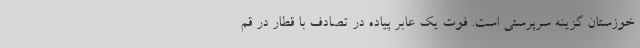
خوزستان گزینه سرپرستی است. فوت یک عابر پیاده در تصادف با قطار در قم